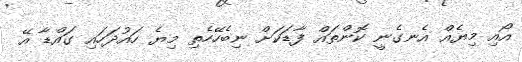
އޯއި މިޔެއް އެނގެނީ ކޮންތައް ފާޑަކަށް ނިބެހޭހެތި މިޔެ ހައުދަހައި ގައްޑާ އޭ